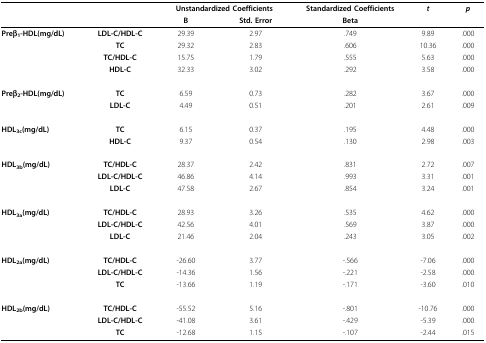
|  |  | <COLSPAN=2> Unstandardized Coefficients | Standardized Coefficients | t | p |
 |  |  | B | Std. Error | Beta |  |  |
 | --- | --- | --- | --- | --- | --- | --- |
 | Preβ1-HDL(mg/dL) | LDL-C/HDL-C | 29.39 | 2.97 | .749 | 9.89 | .000 |
 |  | TC | 29.32 | 2.83 | .606 | 10.36 | .000 |
 |  | TC/HDL-C | 15.75 | 1.79 | .555 | 5.63 | .000 |
 |  | HDL-C | 32.33 | 3.02 | .292 | 3.58 | .000 |
 | Preβ2-HDL(mg/dL) | TC | 6.59 | 0.73 | .282 | 3.67 | .000 |
 |  | LDL-C | 4.49 | 0.51 | .201 | 2.61 | .009 |
 | HDL3c(mg/dL) | TC | 6.15 | 0.37 | .195 | 4.48 | .000 |
 |  | HDL-C | 9.37 | 0.54 | .130 | 2.98 | .003 |
 | HDL3b(mg/dL) | TC/HDL-C | 28.37 | 2.42 | .831 | 2.72 | .007 |
 |  | LDL-C/HDL-C | 46.86 | 4.14 | .993 | 3.31 | .001 |
 |  | LDL-C | 47.58 | 2.67 | .854 | 3.24 | .001 |
 | HDL3a(mg/dL) | TC/HDL-C | 28.93 | 3.26 | .535 | 4.62 | .000 |
 |  | LDL-C/HDL-C | 42.56 | 4.01 | .569 | 3.87 | .000 |
 |  | LDL-C | 21.46 | 2.04 | .243 | 3.05 | .002 |
 | HDL2a(mg/dL) | TC/HDL-C | -26.60 | 3.77 | -.566 | -7.06 | .000 |
 |  | LDL-C/HDL-C | -14.36 | 1.56 | -.221 | -2.58 | .000 |
 |  | TC | -13.66 | 1.19 | -.171 | -3.60 | .010 |
 | HDL2b(mg/dL) | TC/HDL-C | -55.52 | 5.16 | -.801 | -10.76 | .000 |
 |  | LDL-C/HDL-C | -41.08 | 3.61 | -.429 | -5.39 | .000 |
 |  | TC | -12.68 | 1.15 | -.107 | -2.44 | .015 |